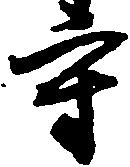
守